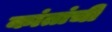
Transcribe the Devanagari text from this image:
कांतांची